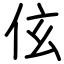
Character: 伭